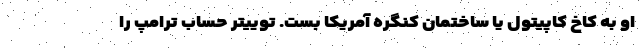
او به کاخ کاپیتول یا ساختمان کنگره آمریکا بست. توییتر حساب ترامپ را